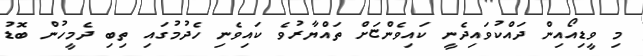
މި ވީޑިއޯއިން ދައްކުވައިދެނީ ކައިވެންޏަށް ތައްޔާރުވެ ކައިވެނި ހެދުމުގައި ތިބި ދެމީހުން ބޮޑު